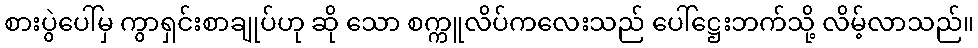
စားပွဲပေါ်မှ ကွာရှင်းစာချုပ်ဟု ဆို သော စက္ကူလိပ်ကလေးသည် ပေါ်ဋ္ဌေးဘက်သို့ လိမ့်လာသည်။